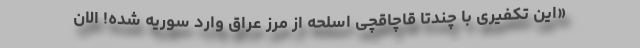
«این تکفیری با چندتا قاچاقچی اسلحه از مرز عراق وارد سوریه شده! الان